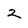
Character: 2